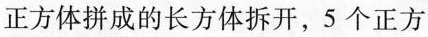
正方体拼成的长方体拆开，5个正方